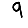
Digit: 9